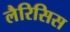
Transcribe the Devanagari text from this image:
लैरिसिस